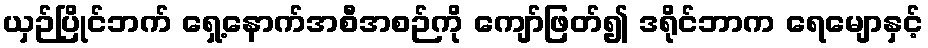
ယှဉ်ပြိုင်ဘက် ရှေ့နောက်အစီအစဉ်ကို ကျော်ဖြတ်၍ ဒရိုင်ဘာက ရေမျောနှင့်